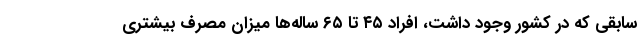
سابقی که در کشور وجود داشت، افراد ۴۵ تا ۶۵ ساله‌ها میزان مصرف بیشتری